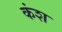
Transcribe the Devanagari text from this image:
कंश